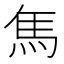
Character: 𩡨